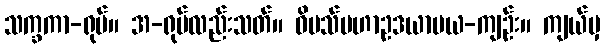
သက္ခကာ-ရုပ်။ အ-ရုပ်လည်းသတ်။ ဝိပသ်မဟာဥဒယာဗယ-ကျဉ်း။ ကျယ်မှ